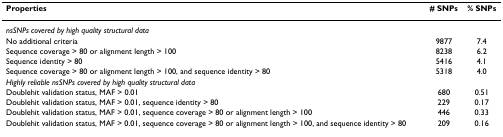
<table><thead><tr><td><b>Properties</b></td><td><b># SNPs</b></td><td><b>% SNPs</b></td></tr></thead><tbody><tr><td colspan="3"><i>nsSNPs covered by high quality structural data</i></td></tr><tr><td>No additional criteria</td><td>9877</td><td>7.4</td></tr><tr><td>Sequence coverage &gt; 80 or alignment length &gt; 100</td><td>8238</td><td>6.2</td></tr><tr><td>Sequence identity &gt; 80</td><td>5416</td><td>4.1</td></tr><tr><td>Sequence coverage &gt; 80 or alignment length &gt; 100, and sequence identity &gt; 80</td><td>5318</td><td>4.0</td></tr><tr><td colspan="3"><i>Highly reliable nsSNPs covered by high quality structural data</i></td></tr><tr><td>Doublehit validation status, MAF &gt; 0.01</td><td>680</td><td>0.51</td></tr><tr><td>Doublehit validation status, MAF &gt; 0.01, sequence identity &gt; 80</td><td>229</td><td>0.17</td></tr><tr><td>Doublehit validation status, MAF &gt; 0.01, sequence coverage &gt; 80 or alignment length &gt; 100</td><td>446</td><td>0.33</td></tr><tr><td>Doublehit validation status, MAF &gt; 0.01, sequence coverage &gt; 80 or alignment length &gt; 100, and sequence identity &gt; 80</td><td>209</td><td>0.16</td></tr></tbody></table>